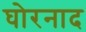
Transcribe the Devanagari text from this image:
घोरनाद